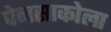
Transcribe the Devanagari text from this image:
पेनसाकोला